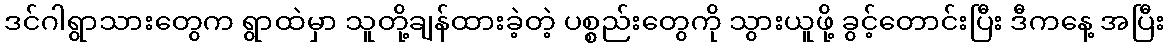
ဒင်ဂါရွာသားတွေက ရွာထဲမှာ သူတို့ချန်ထားခဲ့တဲ့ ပစ္စည်းတွေကို သွားယူဖို့ ခွင့်တောင်းပြီး ဒီကနေ့ အပြီး